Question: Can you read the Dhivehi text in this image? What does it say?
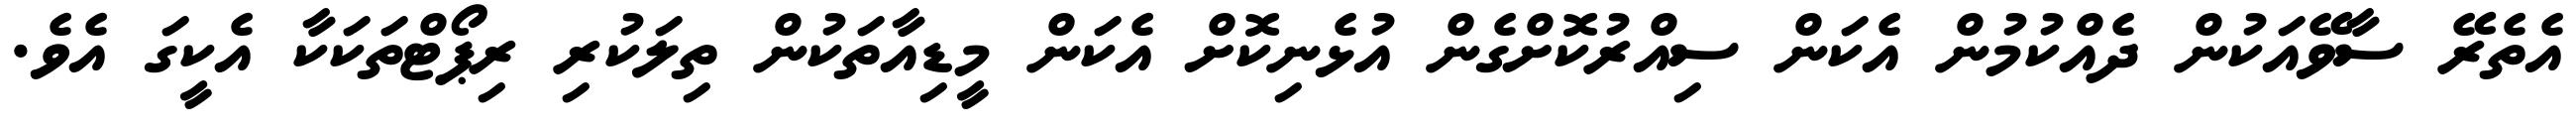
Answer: އެތެރޭ ސާވޭއަކުން ދެއްކުމުން އެކަން ސިއްރުކޮށްގެން އުޅެނިކޮށް އެކަން މީޑިއާތަކުން ތިލަކުރި ރިޕޯޓްތަކަކާ އެކީގަ އެވެ.